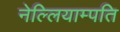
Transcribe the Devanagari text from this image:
नेल्लियाम्पति